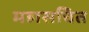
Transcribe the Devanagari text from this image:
महासचित